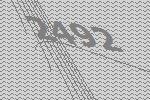
2492